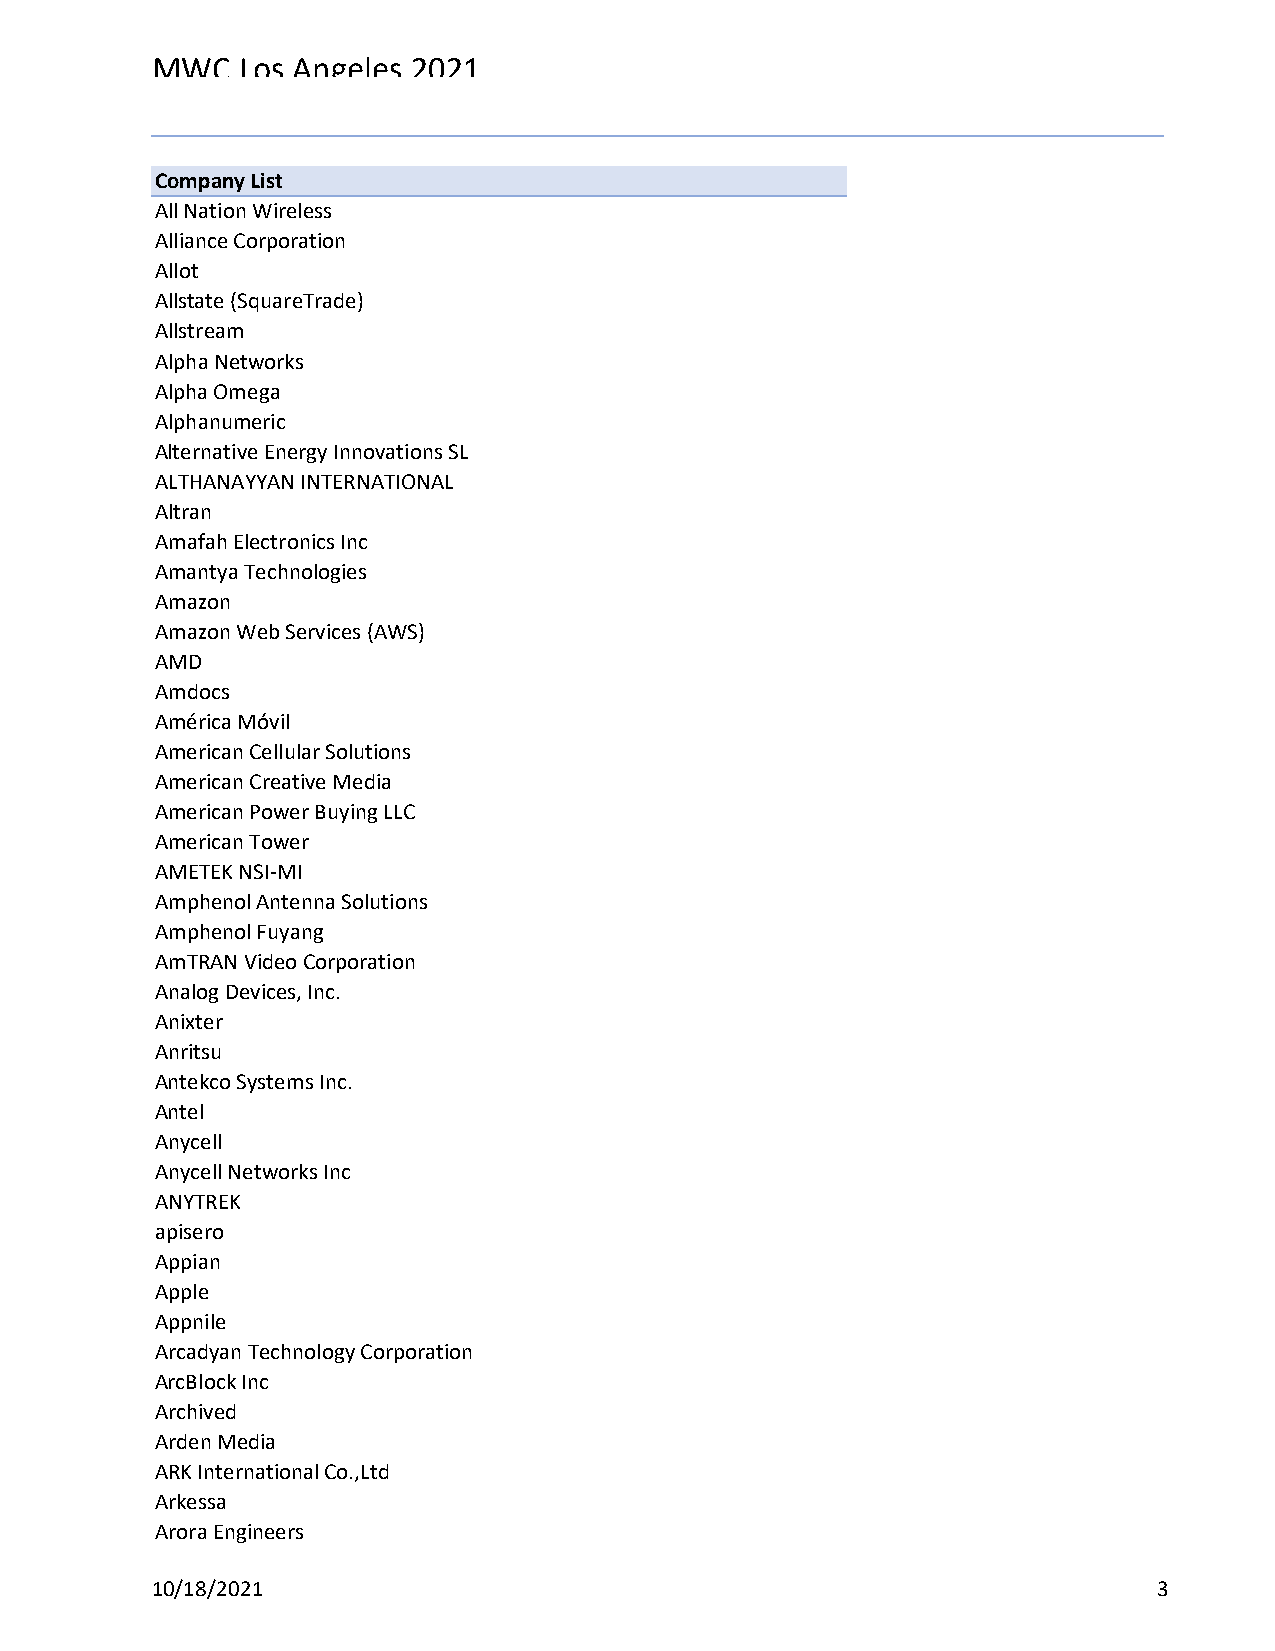
MWC   Los Angeles 2021
 Reg Status                                    Registration Complete
 Code Description                              (Multiple Items)
 Company List
 All Nation Wireless
 Alliance Corporation
 Allot
 Allstate (SquareTrade)
 Allstream
 Alpha Networks
 Alpha Omega
 Alphanumeric
 Alternative Energy Innovations SL
 ALTHANAYYAN INTERNATIONAL
 Altran
 Amafah Electronics Inc
 Amantya Technologies
 Amazon
 Amazon Web Services (AWS)
 AMD
 Amdocs
 América Móvil
 American Cellular Solutions
 American Creative Media
 American Power Buying LLC
 American Tower
 AMETEK NSI-MI
 Amphenol Antenna Solutions
 Amphenol Fuyang
 AmTRAN Video Corporation
 Analog Devices, Inc.
 Anixter
 Anritsu
 Antekco Systems Inc.
 Antel
 Anycell
 Anycell Networks Inc
 ANYTREK
 apisero
 Appian
 Apple
 Appnile
 Arcadyan Technology Corporation
 ArcBlock Inc
 Archived
 Arden Media
 ARK International Co.,Ltd
 Arkessa
 Arora Engineers
 10/18/2021                                                         3